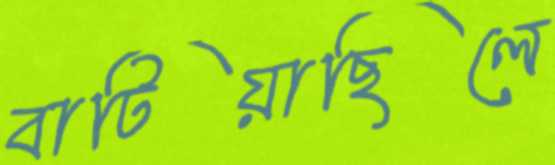
বাটিয়াছিলে